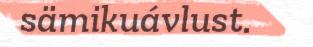
sämikuávlust.